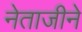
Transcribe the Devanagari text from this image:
नेताजीने